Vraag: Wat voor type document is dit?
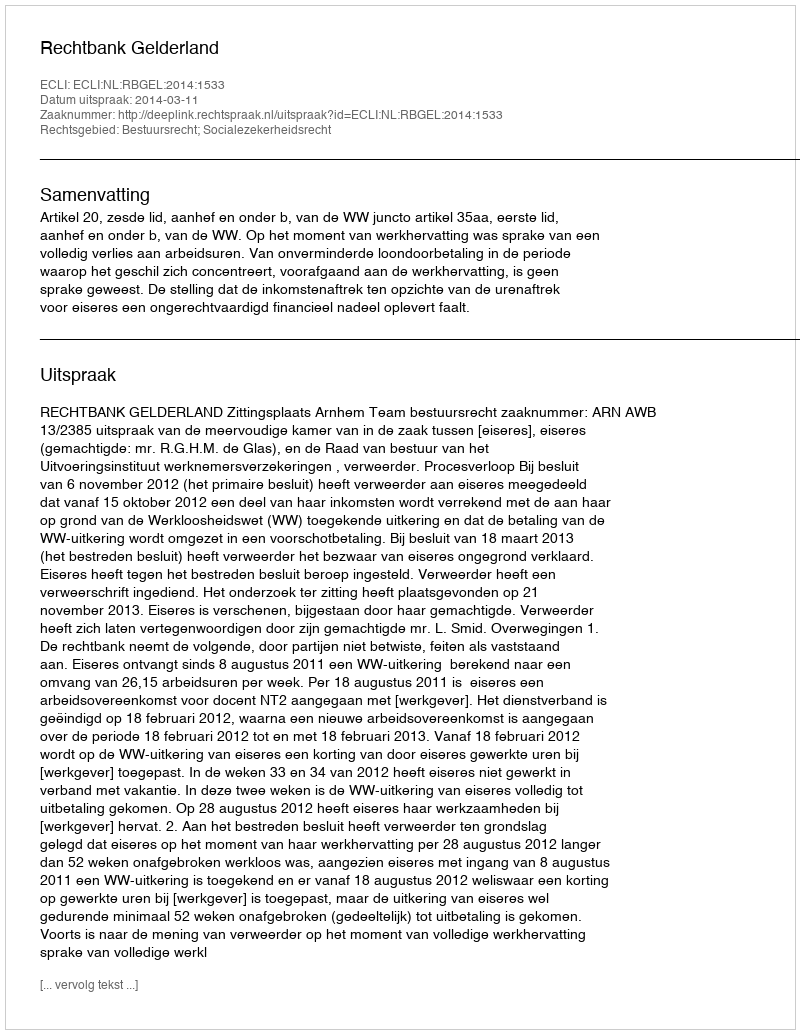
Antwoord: Uitspraak